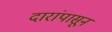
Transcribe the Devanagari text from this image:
दारांपासून